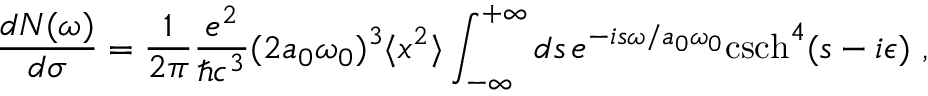
\frac { d N ( \omega ) } { d \sigma } = \frac { 1 } { 2 \pi } \frac { e ^ { 2 } } { \hbar c ^ { 3 } } ( 2 a _ { 0 } \omega _ { 0 } ) ^ { 3 } \langle x ^ { 2 } \rangle \int _ { - \infty } ^ { + \infty } d s \, e ^ { - i s \omega / a _ { 0 } \omega _ { 0 } } \mathrm { c s c h } ^ { 4 } ( s - i \epsilon ) ~ ,